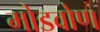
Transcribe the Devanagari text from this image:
मोडवोण